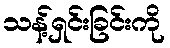
သန့်ရှင်းခြင်းကို